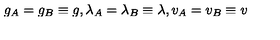
g _ { A } = g _ { B } \equiv g , \lambda _ { A } = \lambda _ { B } \equiv \lambda , v _ { A } = v _ { B } \equiv v